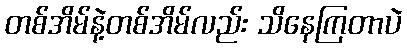
တစ်အိမ်နဲ့တစ်အိမ်လည်း သိနေကြတာပဲ